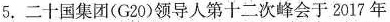
5.二十国集团(G20)领导人第十二次峰会于2017年